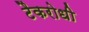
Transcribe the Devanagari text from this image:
टैकरोधी